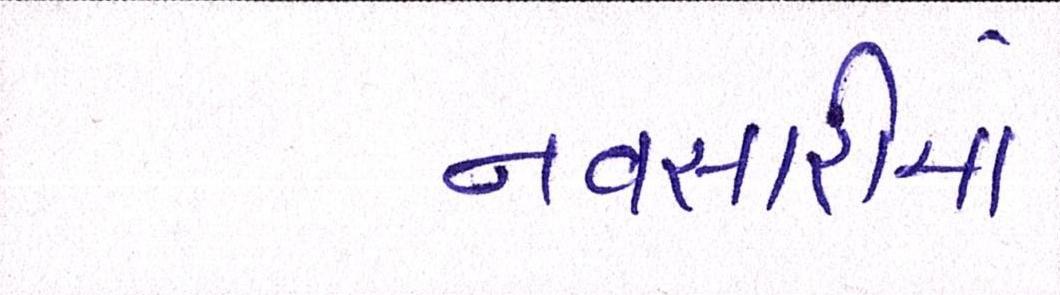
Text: નવસારીમાં